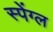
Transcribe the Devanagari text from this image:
स्पेंग्ल